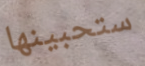
ستحبينها